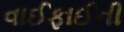
વાઈફાઈની